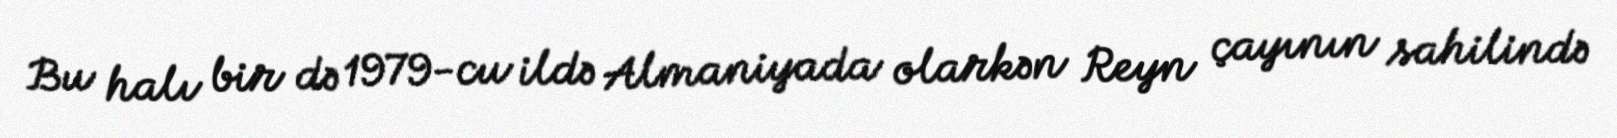
Bu halı bir də 1979-cu ildə Almaniyada olarkən Reyn çayının sahilində